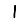
Digit: 1